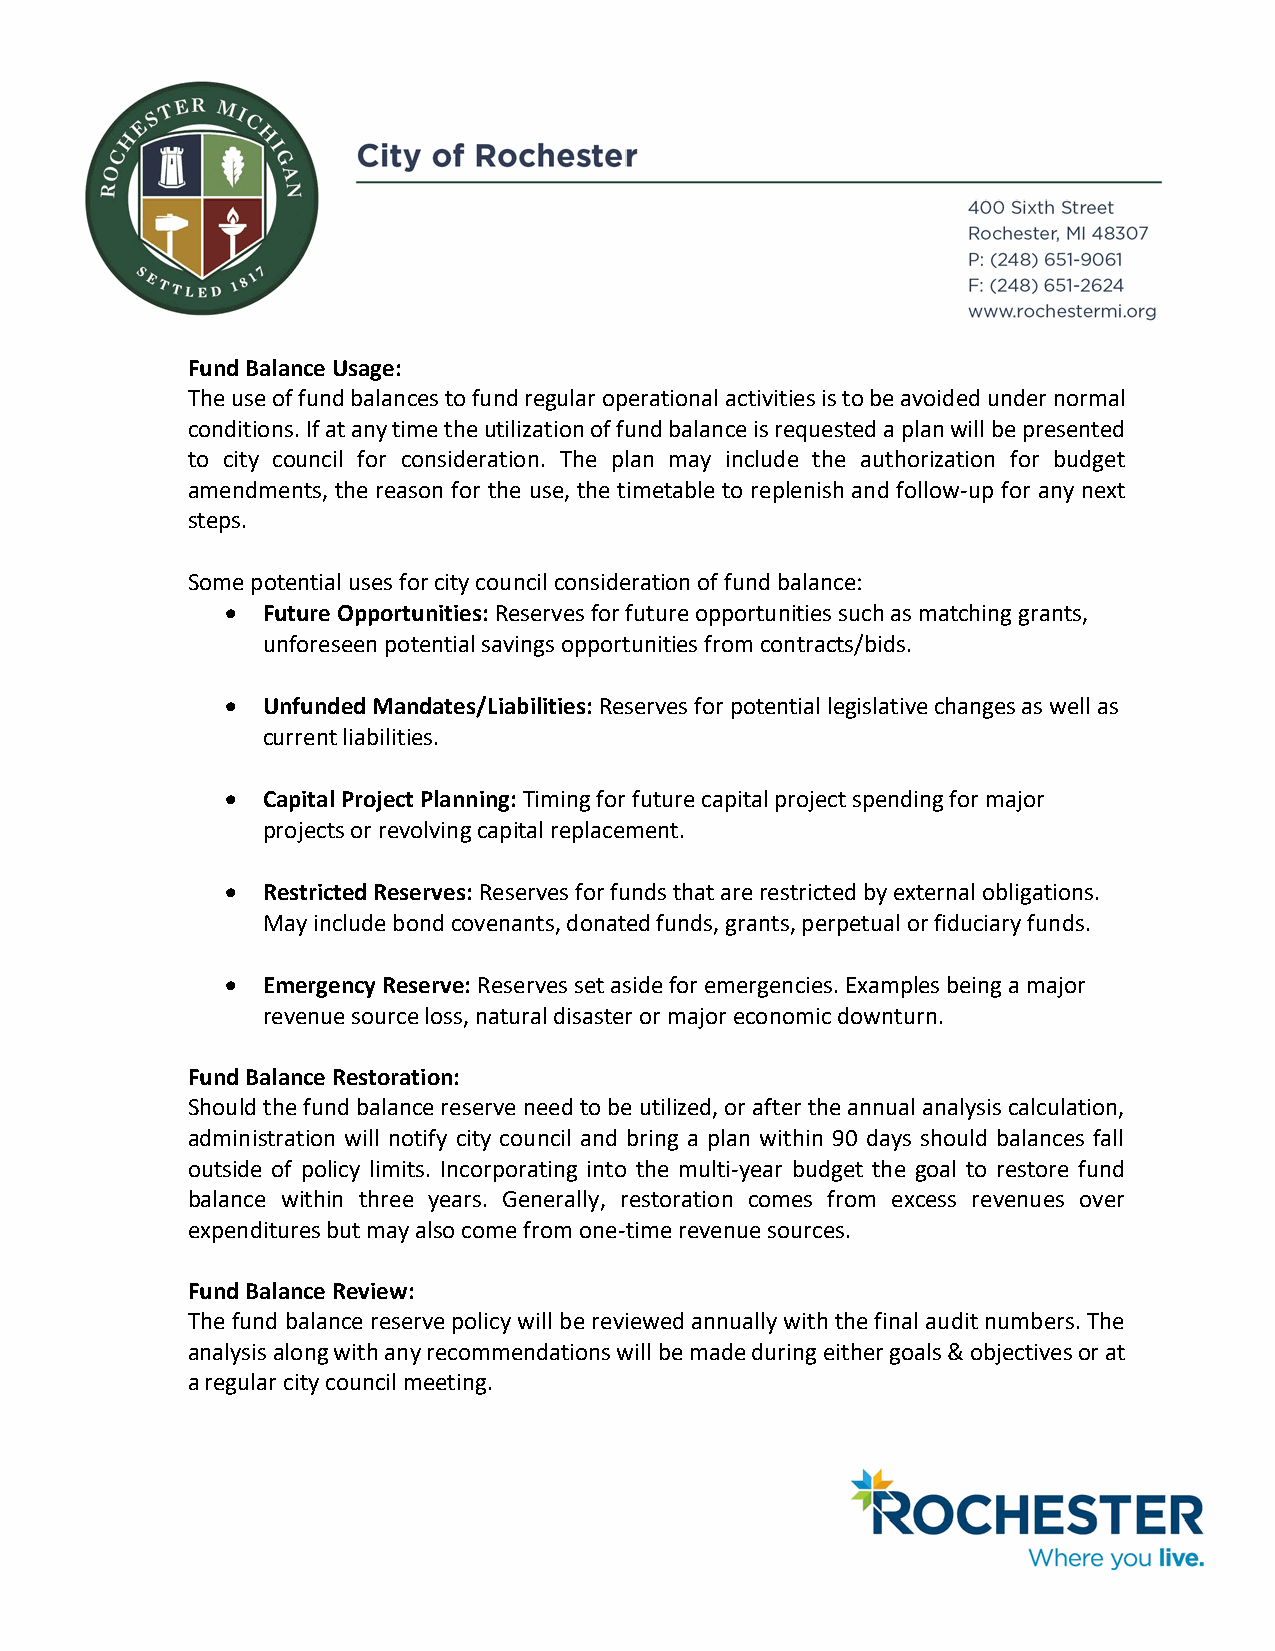
Fund Balance Usage:
 The use of fund balances to fund regular operational activities is to be avoided under normal
 conditions. If at any time the utilization of fund balance is requested a plan will be presented
 to city council for consideration. The plan may include the authorization for budget
 amendments, the reason for the use, the timetable to replenish and follow-up for any next
 steps.
 Some potential uses for city council consideration of fund balance:
 • Future Opportunities: Reserves for future opportunities such as matching grants,
 unforeseen potential savings opportunities from contracts/bids.
 • Unfunded Mandates/Liabilities: Reserves for potential legislative changes as well as
 current liabilities.
 • Capital Project Planning: Timing for future capital project spending for major
 projects or revolving capital replacement.
 • Restricted Reserves: Reserves for funds that are restricted by external obligations.
 May include bond covenants, donated funds, grants, perpetual or fiduciary funds.
 • Emergency Reserve: Reserves set aside for emergencies. Examples being a major
 revenue source loss, natural disaster or major economic downturn.
 Fund Balance Restoration:
 Should the fund balance reserve need to be utilized, or after the annual analysis calculation,
 administration will notify city council and bring a plan within 90 days should balances fall
 outside of policy limits. Incorporating into the multi-year budget the goal to restore fund
 balance within three years. Generally, restoration comes from excess revenues over
 expenditures but may also come from one-time revenue sources.
 Fund Balance Review:
 The fund balance reserve policy will be reviewed annually with the final audit numbers. The
 analysis along with any recommendations will be made during either goals & objectives or at
 a regular city council meeting.